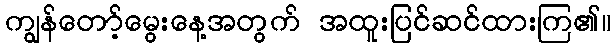
ကျွန်တော့်မွေးနေ့အတွက် အထူးပြင်ဆင်ထားကြ၏။